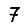
Digit: 7